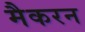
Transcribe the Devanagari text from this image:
मैकरन